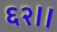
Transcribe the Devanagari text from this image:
६२।।